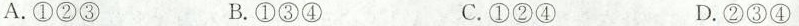
A.①②③ B.①③④ C.①②④ D.②③④